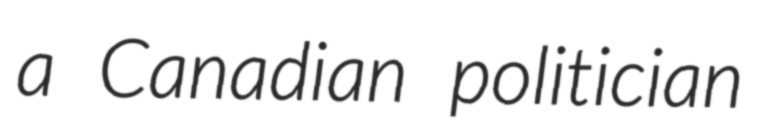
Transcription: a Canadian politician